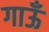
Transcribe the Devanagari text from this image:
गाऊँ